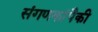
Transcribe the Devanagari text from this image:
संगणकांपैकी